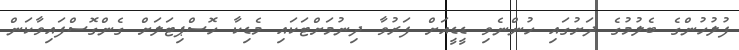
ފުލުހުންގެ ބެލުމުގެ ދަށުގައި ހުންނެވި ޑީޑީއަށް ފަރުވާ ދިނުމަށްޓަކައި މެޑިކާ ހޮސްޕިޓަލަށް ގެންގޮސްފައިވާކަން